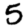
Digit: 5